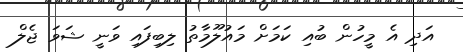
އަދި އެ މީހުން ބުއި ކަމަށް މައުލޫމާތު ލިބިފައި ވަނީ ޝަވަ ޖެލް